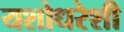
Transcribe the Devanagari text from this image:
यशोधरेशी